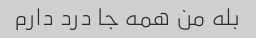
بله من همه جا درد دارم